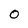
Character: 0